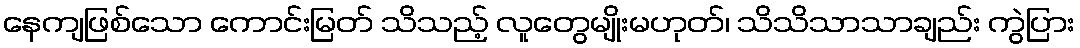
နေကျဖြစ်သော ကောင်းမြတ် သိသည့် လူတွေမျိုးမဟုတ်၊ သိသိသာသာချည်း ကွဲပြား